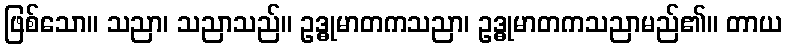
ဖြစ်သော။ သညာ၊ သညာသည်။ ဥဒ္ဓုမာတကသညာ၊ ဥဒ္ဓုမာတကသညာမည်၏။ တာယ